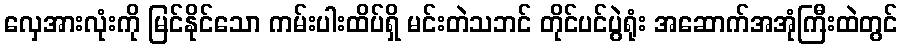
လှေအားလုံးကို မြင်နိုင်သော ကမ်းပါးထိပ်ရှိ မင်းတဲသဘင် တိုင်ပင်ပွဲရုံး အဆောက်အအုံကြီးထဲတွင်